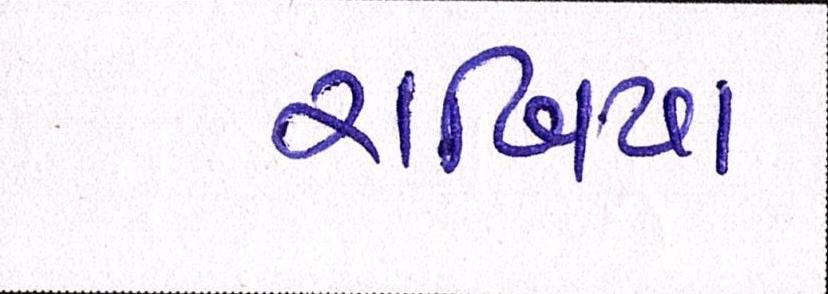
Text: રાબિયા